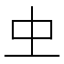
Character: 𠀐